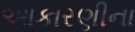
આકારણીના